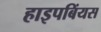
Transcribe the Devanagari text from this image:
हाइपबिंयस